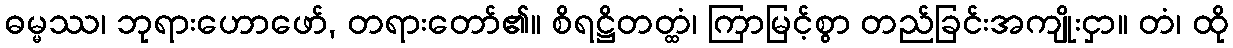
ဓမ္မဿ၊ ဘုရားဟောဖော်, တရားတော်၏။ စိရဋ္ဌိတတ္ထံ၊ ကြာမြင့်စွာ တည်ခြင်းအကျိုးငှာ။ တံ၊ ထို